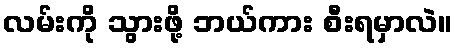
လမ်းကို သွားဖို့ ဘယ်ကား စီးရမှာလဲ။